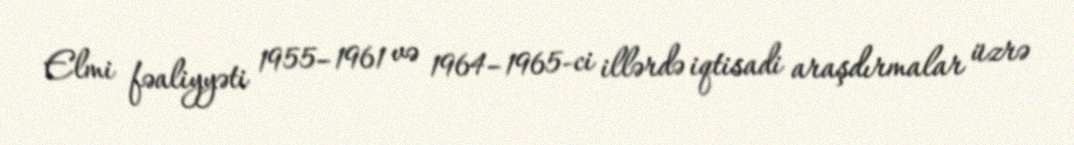
Elmi fəaliyyəti 1955–1961 və 1964–1965-ci illərdə iqtisadi araşdırmalar üzrə